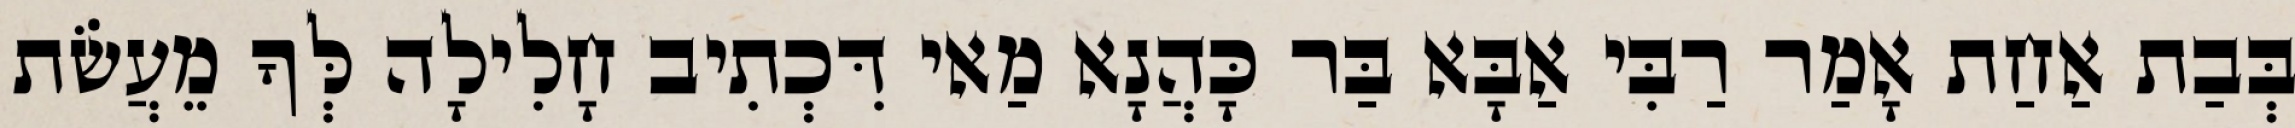
בְּבַת אַחַת אָמַר רַבִּי אַבָּא בַּר כָּהֲנָא מַאי דִּכְתִיב חָלִילָה לְּךָ מֵעֲשֹׂת